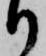
り